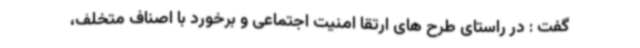
گفت : در راستای طرح های ارتقا امنیت اجتماعی و برخورد با اصناف متخلف،